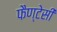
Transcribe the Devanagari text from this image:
फैण्टेसी